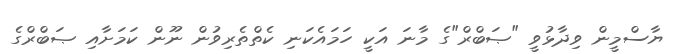
ޔާސްމީން ވިދާޅުވީ "ޞަބްރް"ގެ މާނަ އަކީ ހަމައެކަނި ކެތްތެރިވުން ނޫން ކަމަށާއި ޞަބްރްގެ